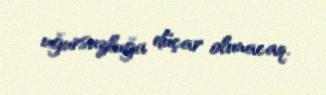
uğursuzluğa düçar olunacaq.